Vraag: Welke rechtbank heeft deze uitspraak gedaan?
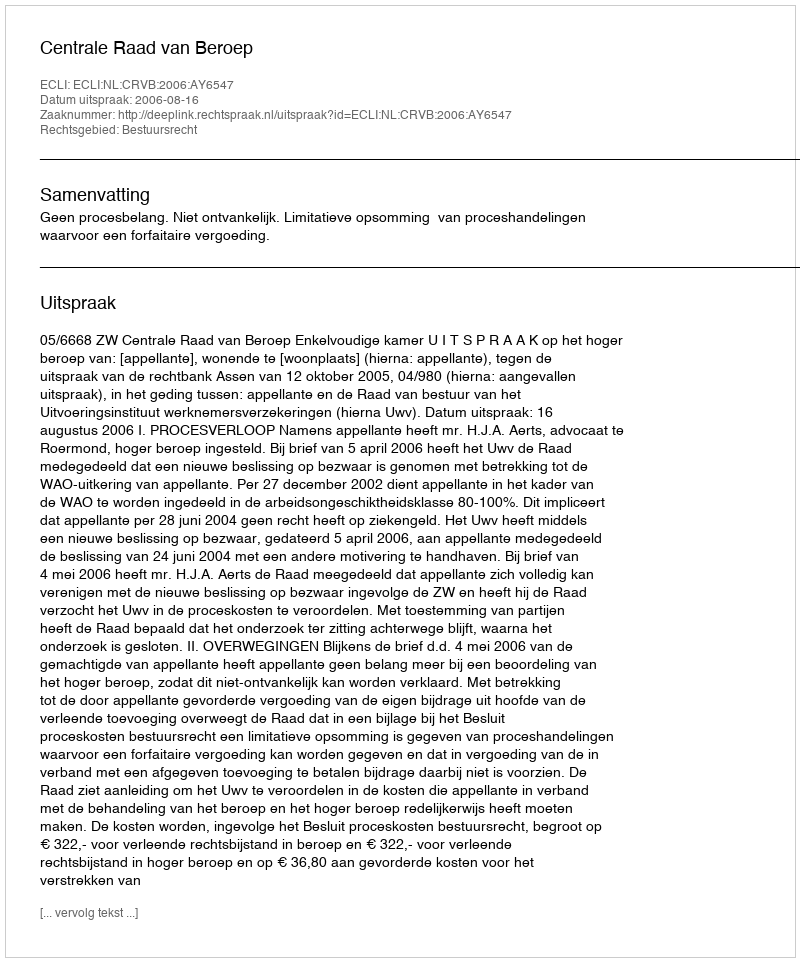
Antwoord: Centrale Raad van Beroep